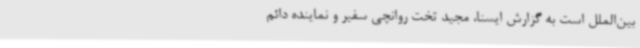
بین‌الملل است به گزارش ایسنا، مجید تخت روانچی سفیر و نماینده دائم